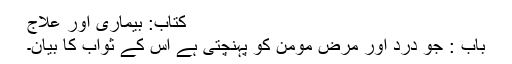
کتاب: بیماری اور علاج
باب : جو درد اور مرض مومن کو پہنچتی ہے اس کے ثواب کا بیان۔